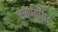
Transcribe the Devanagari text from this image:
चनण्याँघट